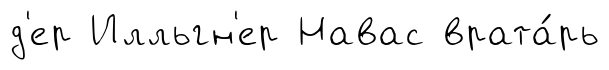
д'ер Илльгн'ер Навас врата́рь